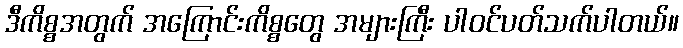
ဒီကိစ္စအတွက် အကြောင်းကိစ္စတွေ အများကြီး ပါဝင်ပတ်သက်ပါတယ်။